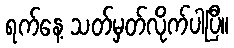
ရက်နေ့ သတ်မှတ်လိုက်ပါပြီ။